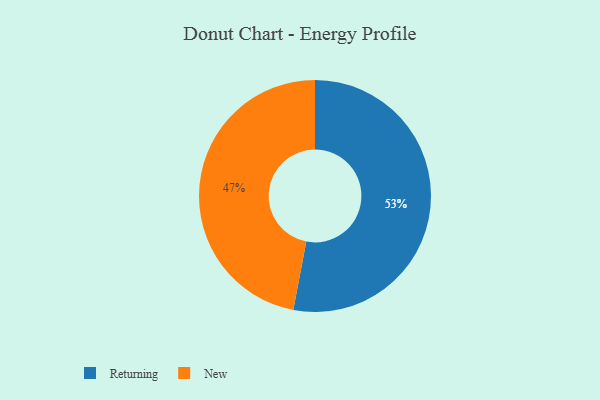
{"axis": {"x": "Category", "y": "Percentage"}, "legend": ["New", "Returning"], "data": [{"x": "Returning", "y": 53, "type": "Returning"}, {"x": "New", "y": 47, "type": "New"}]}